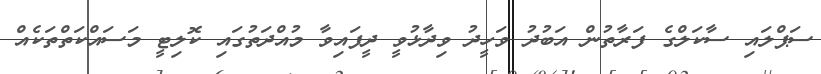
ސަޕްލައި ސާކަލްގެ ފަރާތުން އަބުދު ވަހީދު ވިދާޅުވީ ދީފައިވާ މުއްދަތުގައި ކޮލިޓީ މަސައްކަތްތަކެއް